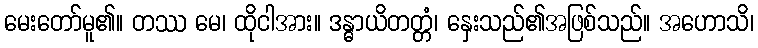
မေးတော်မူ၏။ တဿ မေ၊ ထိုငါအား။ ဒန္ဓာယိတတ္တံ၊ နှေးသည်၏အဖြစ်သည်။ အဟောသိ၊